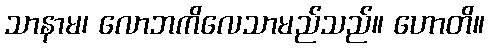
သာနာမ၊ လောဘကိလေသာမည်သည်။ ဟောတိ။